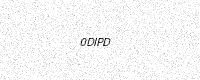
Text: 0DIPD